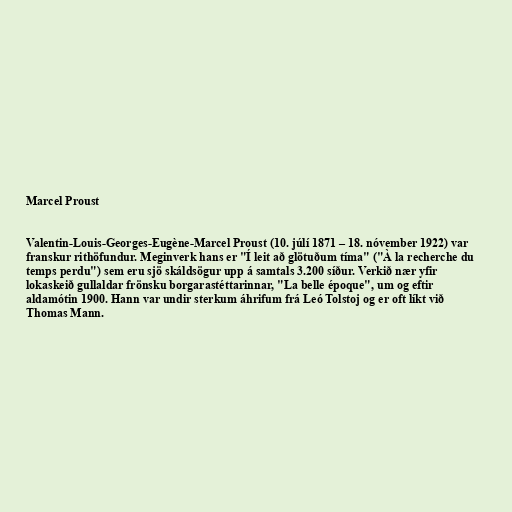
Marcel Proust

Valentin-Louis-Georges-Eugène-Marcel Proust (10. júlí 1871 – 18. nóvember 1922) var
franskur rithöfundur. Meginverk hans er "Í leit að glötuðum tíma" ("À la recherche du
temps perdu") sem eru sjö skáldsögur upp á samtals 3.200 síður. Verkið nær yfir
lokaskeið gullaldar frönsku borgarastéttarinnar, "La belle époque", um og eftir
aldamótin 1900. Hann var undir sterkum áhrifum frá Leó Tolstoj og er oft líkt við
Thomas Mann.